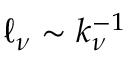
\ell _ { \nu } \sim k _ { \nu } ^ { - 1 }